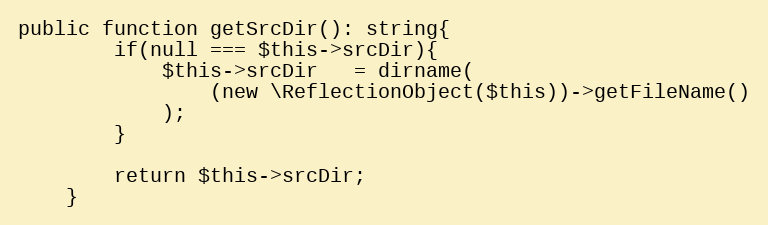
Language: PHP
public function getSrcDir(): string{
        if(null === $this->srcDir){
            $this->srcDir   = dirname(
                (new \ReflectionObject($this))->getFileName()
            );
        }

        return $this->srcDir;
    }